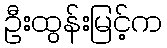
ဦးထွန်းမြင့်က